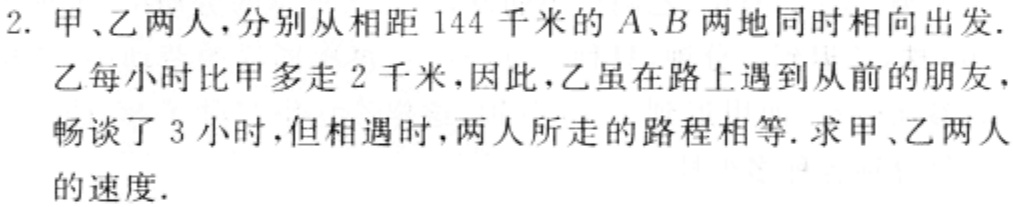
2. 甲、乙两人，分别从相距 144 千米的 \(A、B\) 两地同时相向出发. 乙每小时比甲多走 2 千米，因此，乙虽在路上遇到从前的朋友，畅谈了 3 小时，但相遇时，两人所走的路程相等. 求甲、乙两人的速度.